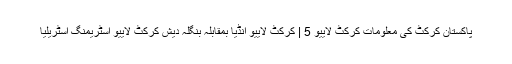
پاکستان کرکٹ کی معلومات کرکٹ لايیو 5 | کرکٹ لايیو انڈیا بمقابلہ بنگلہ دیش کرکٹ لايیو اسٹریمنگ اسٹریلیا